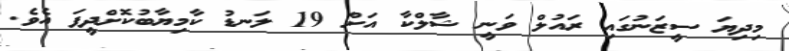
މިދިޔަ ސީޒަނުގައި ރައުލް ވަނީ ޝާލްކާ އަށް 19 ލަނޑު ކާމިޔާބުކޮށްދީފަ އެވެ.